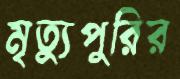
মৃত্যুপুরির